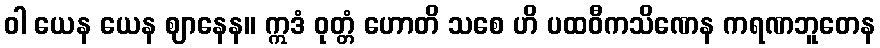
ဝါ ယေန ယေန ဈာနေန။ ဣဒံ ဝုတ္တံ ဟောတိ သစေ ဟိ ပထဝီကသိဏေန ကရဏဘူတေန